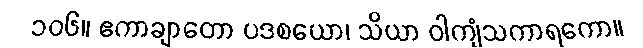
၁၀၆။ ဧကာချာတော ပဒစယော၊ သိယာ ဝါကျံသကာရကော။